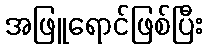
အဖြူရောင်ဖြစ်ပြီး